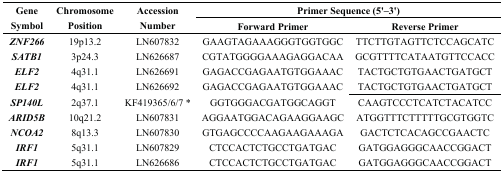
<table><thead><tr><td rowspan="2"><b>Gene Symbol</b></td><td rowspan="2"><b>Chromosome Position</b></td><td rowspan="2"><b>Accession Number</b></td><td colspan="2"><b>Primer Sequence (5&#x27;–3&#x27;)</b></td></tr><tr><td><b>Forward Primer</b></td><td><b>Reverse Primer</b></td></tr></thead><tbody><tr><td><b><i>ZNF266</i></b></td><td>19p13.2</td><td>LN607832</td><td>GAAGTAGAAAGGGTGGTGGC</td><td>TTCTTGTAGTTCTCCAGCATC</td></tr><tr><td><b><i>SATB1</i></b></td><td>3p24.3</td><td>LN626687</td><td>CGTATGGGGAAAGAGGACAA</td><td>GCGTTTTCATAATGTTCCACC</td></tr><tr><td><b><i>ELF2</i></b></td><td>4q31.1</td><td>LN626691</td><td>GAGACCGAGAATGTGGAAAC</td><td>TACTGCTGTGAACTGATGCT</td></tr><tr><td><b><i>ELF2</i></b></td><td>4q31.1</td><td>LN626692</td><td>GAGACCGAGAATGTGGAAAC</td><td>TACTGCTGTGAACTGATGCT</td></tr><tr><td><b><i>SP140L</i></b></td><td>2q37.1</td><td>KF419365/6/7 *</td><td>GGTGGGACGATGGCAGGT</td><td>CAAGTCCCTCATCTACATCC</td></tr><tr><td><b><i>ARID5B</i></b></td><td>10q21.2</td><td>LN607831</td><td>AGGAATGGACAGAAGGAAGC</td><td>ATGGTTTCTTTTTGCGTGGTC</td></tr><tr><td><b><i>NCOA2</i></b></td><td>8q13.3</td><td>LN607830</td><td>GTGAGCCCCAAGAAGAAAGA</td><td>GACTCTCACAGCCGAACTC</td></tr><tr><td><b><i>IRF1</i></b></td><td>5q31.1</td><td>LN607829</td><td>CTCCACTCTGCCTGATGAC</td><td>GATGGAGGGCAACCGGACT</td></tr><tr><td><b><i>IRF1</i></b></td><td>5q31.1</td><td>LN626686</td><td>CTCCACTCTGCCTGATGAC</td><td>GATGGAGGGCAACCGGACT</td></tr></tbody></table>